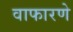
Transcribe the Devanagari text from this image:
वाफारणे